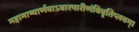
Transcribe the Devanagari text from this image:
महामाष्यार्णवाऽवारपारीणंविवृतिप्लवम्।